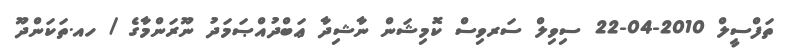
ތަފްސީލް 2010-04-22 ސިވިލް ސަރވިސް ކޮމިޝަން ނާޝިދާ ޢަބްދުއްޞަމަދު ނޫރަންމާގެ / ހއ.ތަކަންދޫ